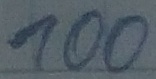
Text: 100